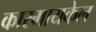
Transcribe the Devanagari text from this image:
कारमायकेल